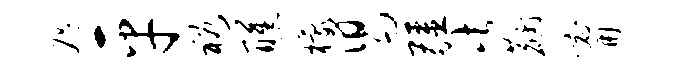
咫平裕醺檬舄疆此麝甯